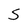
Character: S